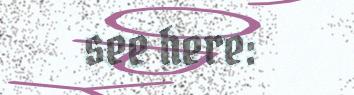
see here: